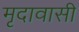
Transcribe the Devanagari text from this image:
मृदावासी